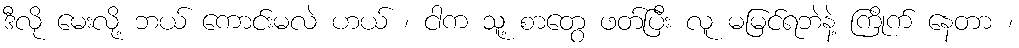
ဒီလို မေးလို့ ဘယ် ကောင်းမလဲ ဟယ် ၊ ငါက သူ့ စာတွေ ဖတ်ပြီး လူ မမြင်ရဘဲနဲ့ ကြိုက် နေတာ ၊